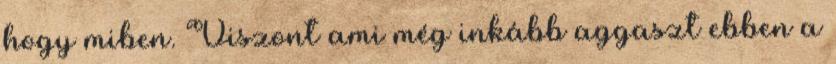
hogy miben. Viszont ami még inkább aggaszt ebben a